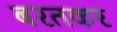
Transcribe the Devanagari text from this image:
बरतकर